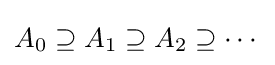
A_{0}\supseteq A_{1}\supseteq A_{2}\supseteq \cdots